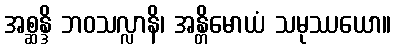
အစ္ဆန္ဒိ ဘဝသလ္လာနိ၊ အန္တိမောယံ သမုဿယော။